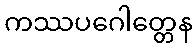
ကဿပဂေါတ္တေန